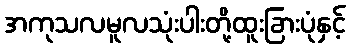
အကုသလမူလသုံးပါးတို့ထူးခြားပုံနှင့်